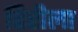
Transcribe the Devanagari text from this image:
हिरीला